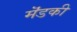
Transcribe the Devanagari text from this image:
मॆंडकी